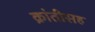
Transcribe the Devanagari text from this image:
क्रांतीसह